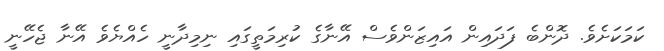
ކަމަކަށެވެ. ދޮންބެ ފަދައިން އައިޒަންވެސް އޭނާގެ ކުރިމަތީގައި ނިމިދާނީ ހެއްޔެވެ އޭނާ ޖެހޭނީ